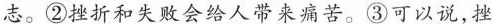
志。②挫折和失败会给人带来痛苦。③可以说，挫